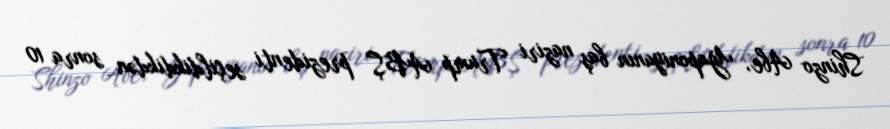
Shinzo Abe, Yaponiyanın baş naziri Trump ABŞ prezidenti seçildikdikdən sonra 10